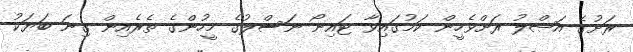
ރަށުގެ އަޞްލު ރަށްވެހީން ކަމުގައިވާ ޓައިނޯ ނަސްލުގެ މީހުންގެ ތެރެއިން ގިނަ ބަޔަކު